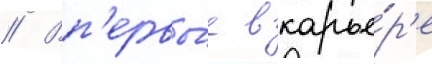
// Вп'ервы́е в карье́р'е